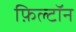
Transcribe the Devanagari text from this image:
फ़िल्टॉन